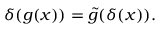
\delta ( g ( x ) ) = { \tilde { g } } ( \delta ( x ) ) .